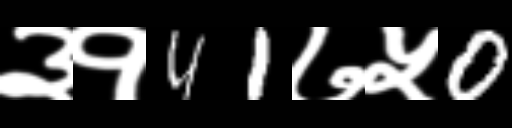
Text: ३१41७५0